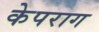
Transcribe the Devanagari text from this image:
केपराग